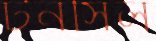
টনসিল